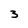
Character: 3